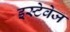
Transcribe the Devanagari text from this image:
इस्टेवेज